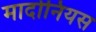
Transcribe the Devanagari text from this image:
मार्दोनियस